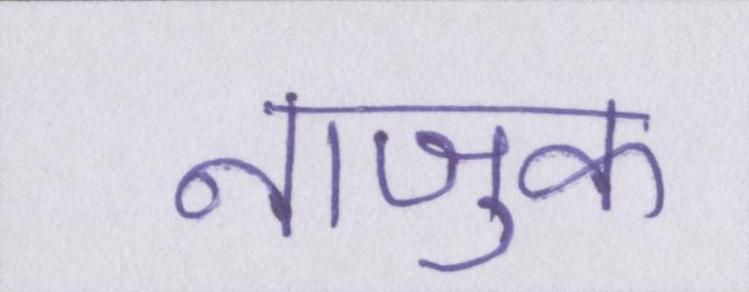
नाजुक